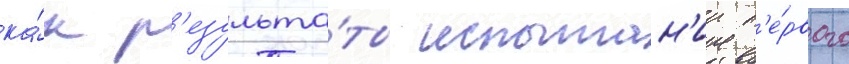
ка́к р'езульта́ты испытан'ии п'е́рвого